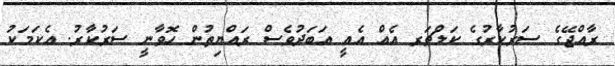
ރާއްޖޭގެ ސަރުކާރުގެ ކަލްޗަރ އެއް އެއީ އަބަދުވެސް ރައްޔިތުން ހޮވާނީ ސަރުކާރު. އެކަމަކު